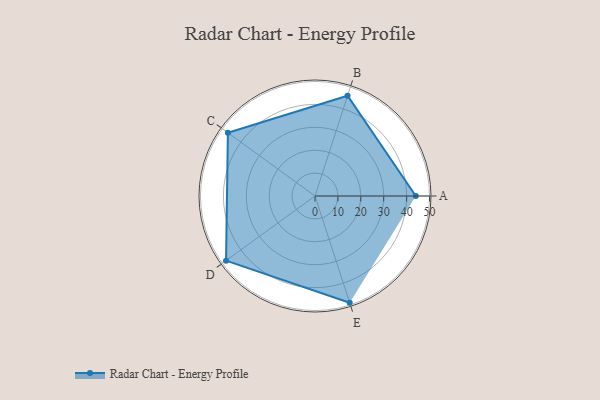
{"axis": {"x": "Skill", "y": "Score"}, "legend": ["Profile"], "data": [{"x": "A", "y": 44.0, "type": "Profile"}, {"x": "B", "y": 46.0, "type": "Profile"}, {"x": "C", "y": 47.0, "type": "Profile"}, {"x": "D", "y": 48.0, "type": "Profile"}, {"x": "E", "y": 49.0, "type": "Profile"}]}